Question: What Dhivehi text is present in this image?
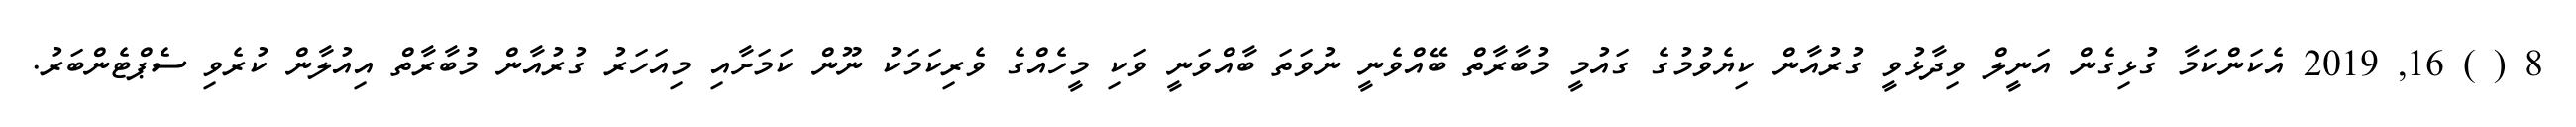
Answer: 8 ( ) 16, 2019 އެކަންކަމާ ގުޅިގެން އަނީލް ވިދާޅުވީ ގުރުއާން ކިޔެވުމުގެ ގައުމީ މުބާރާތް ބޭއްވެނީ ނުވަތަ ބާއްވަނީ ވަކި މީހެއްގެ ވެރިކަމަކު ނޫން ކަމަށާއި މިއަހަރު ގުރުއާން މުބާރާތް އިއުލާން ކުރެވި ސެޕްޓެންބަރު.